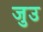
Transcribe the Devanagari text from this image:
जुउ